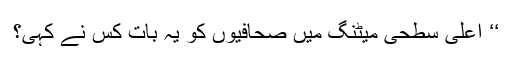
‘‘ اعلیٰ سطحی میٹنگ میں صحافیوں کو یہ بات کس نے کہی؟